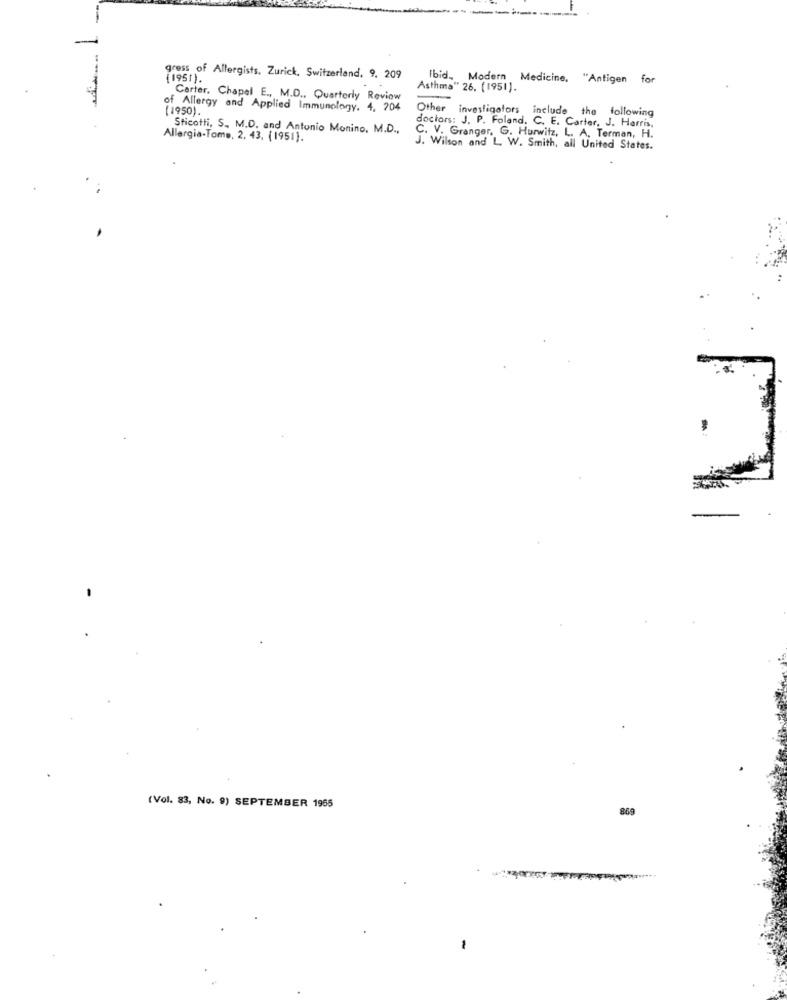
gress of Allergists. Zurick, Switzerland, 9, 209
(1951).
Ibid ., Modern Medicine, "Antigen for
Asthma" 26. (1951).
Carter. Chapel E ., M.D ., Quarterly Reviow
of Allergy and Applied Immunology. 4. 204
( 1950) .
Other investigators include the following
Sticothi, S ., M.D. and Antonio Monino, M.D .,
doctors: J. P. Foland. C. E. Carter, J. Harris,
Allergia-Tome, 2. 43, (1951).
C. V. Granger, G. Hurwitz, L. A. Terman, H.
J. Wilson and L. W. Smith, all United States.
(Vol. 83, No. 9) SEPTEMBER 1965
869